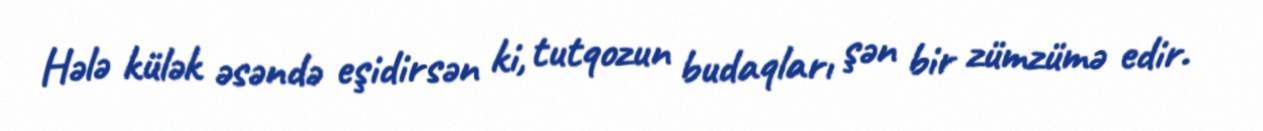
Hələ külək əsəndə eşidirsən ki, tutqozun budaqları şən bir zümzümə edir.